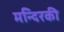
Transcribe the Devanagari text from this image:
मन्दिरकी